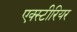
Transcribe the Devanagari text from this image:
एक्स्टीरियर